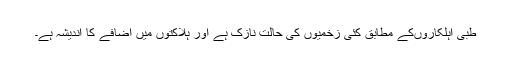
طبی اہلکاروںکے مطابق کئی زخمیوں کی حالت نازک ہے اور ہلاکتوں میں اضافے کا اندیشہ ہے۔